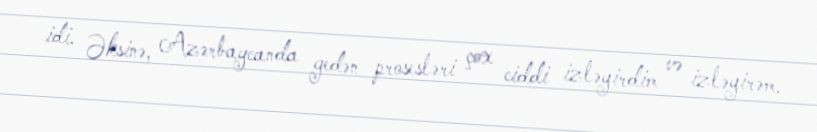
idi. Əksinə, Azərbaycanda gedən prosesləri çox ciddi izləyirdim və izləyirəm.